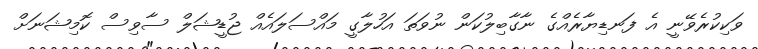
ވަކިކުރެވޭނީ އެ ފަނޑިޔާރެއްގެ ނާގާބިލުކަން ނުވަތަ އަހުލާގީ މައްސަލައެއް ޖުޑީޝަލް ސާވިސް ކޮމިޝަނަށް